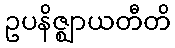
ဥပနိဇ္ဈာယတီတိ